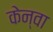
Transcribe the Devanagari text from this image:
केन्वा